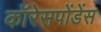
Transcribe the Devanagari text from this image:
कॉरेसपोंडेंस